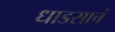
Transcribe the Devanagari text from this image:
धाडसाचं